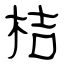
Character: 桔